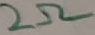
Text: 2Ω